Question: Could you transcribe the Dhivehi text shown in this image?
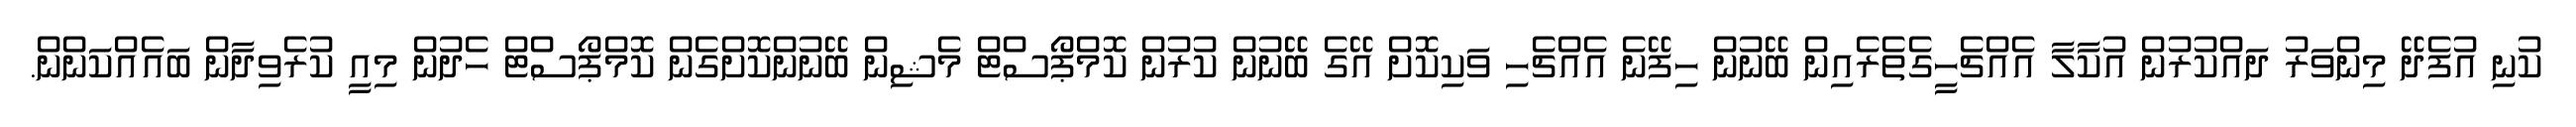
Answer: ކުނި އުފެދޭ މިންވަރު ދައްކުރުން އުކާލާ އެއްޗެހީގެތެރެއިން ބޭނުން ހިފޭނެ އެއްޗެހި ވަކިކޮށް އޭގެ ބޭނުން ކުރުން ކޮމްޕޯސްޓް މެޝިން ބޭނުންކޮށްގެން ކޮމްޕޯސްޓް ހެދުން މިއީ ކުރެވިދާން ބައެއްކަންން.